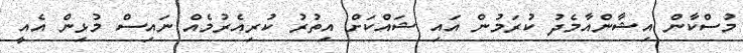
މުސްކާން އިޝާންއާމެދު ކުރަމުން އައި ޝައްކަށް އިތުރު ކުރިއެރުމެއް ނައިސް މުޅިން އެއީ